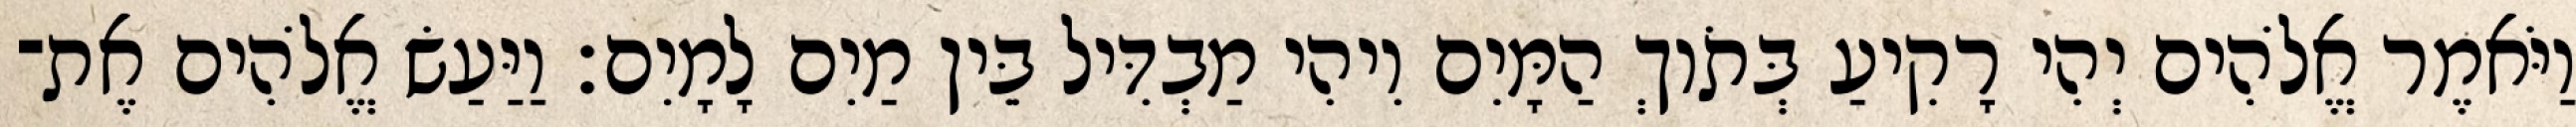
וַיֹּאמֶר אֱלֹהִים יְהִי רָקִיעַ בְּתֹוךְ הַמָּיִם וִיהִי מַבְדִּיל בֵּין מַיִם לָמָיִם׃ וַיַּעַשׂ אֱלֹהִים אֶת־